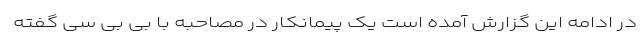
در ادامه این گزارش آمده است یک پیمانکار در مصاحبه با بی بی سی گفته